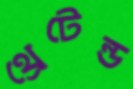
থ্রেটেন্ড